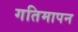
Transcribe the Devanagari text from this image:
गतिमापन